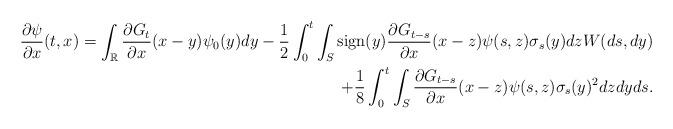
LaTeX: \begin{align*} \frac{\partial \psi}{\partial x}(t,x) = \int_{\mathbb{R}} \frac{\partial G_t }{\partial x}(x-y) \psi_0(y) dy -\frac{1}{2}\int_0^t \int_S {\rm sign}(y) \frac{\partial G_{t-s}}{\partial x} (x-z) \psi(s,z) \sigma_s(y) dz W(ds,dy) \\+ \frac{1}{8}\int_0^t \int_S \frac{\partial G_{t-s}}{\partial x} (x-z) \psi(s,z) \sigma_s(y)^2 dz dy ds.\end{align*}